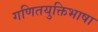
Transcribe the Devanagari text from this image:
गणितयुक्तिभाषा